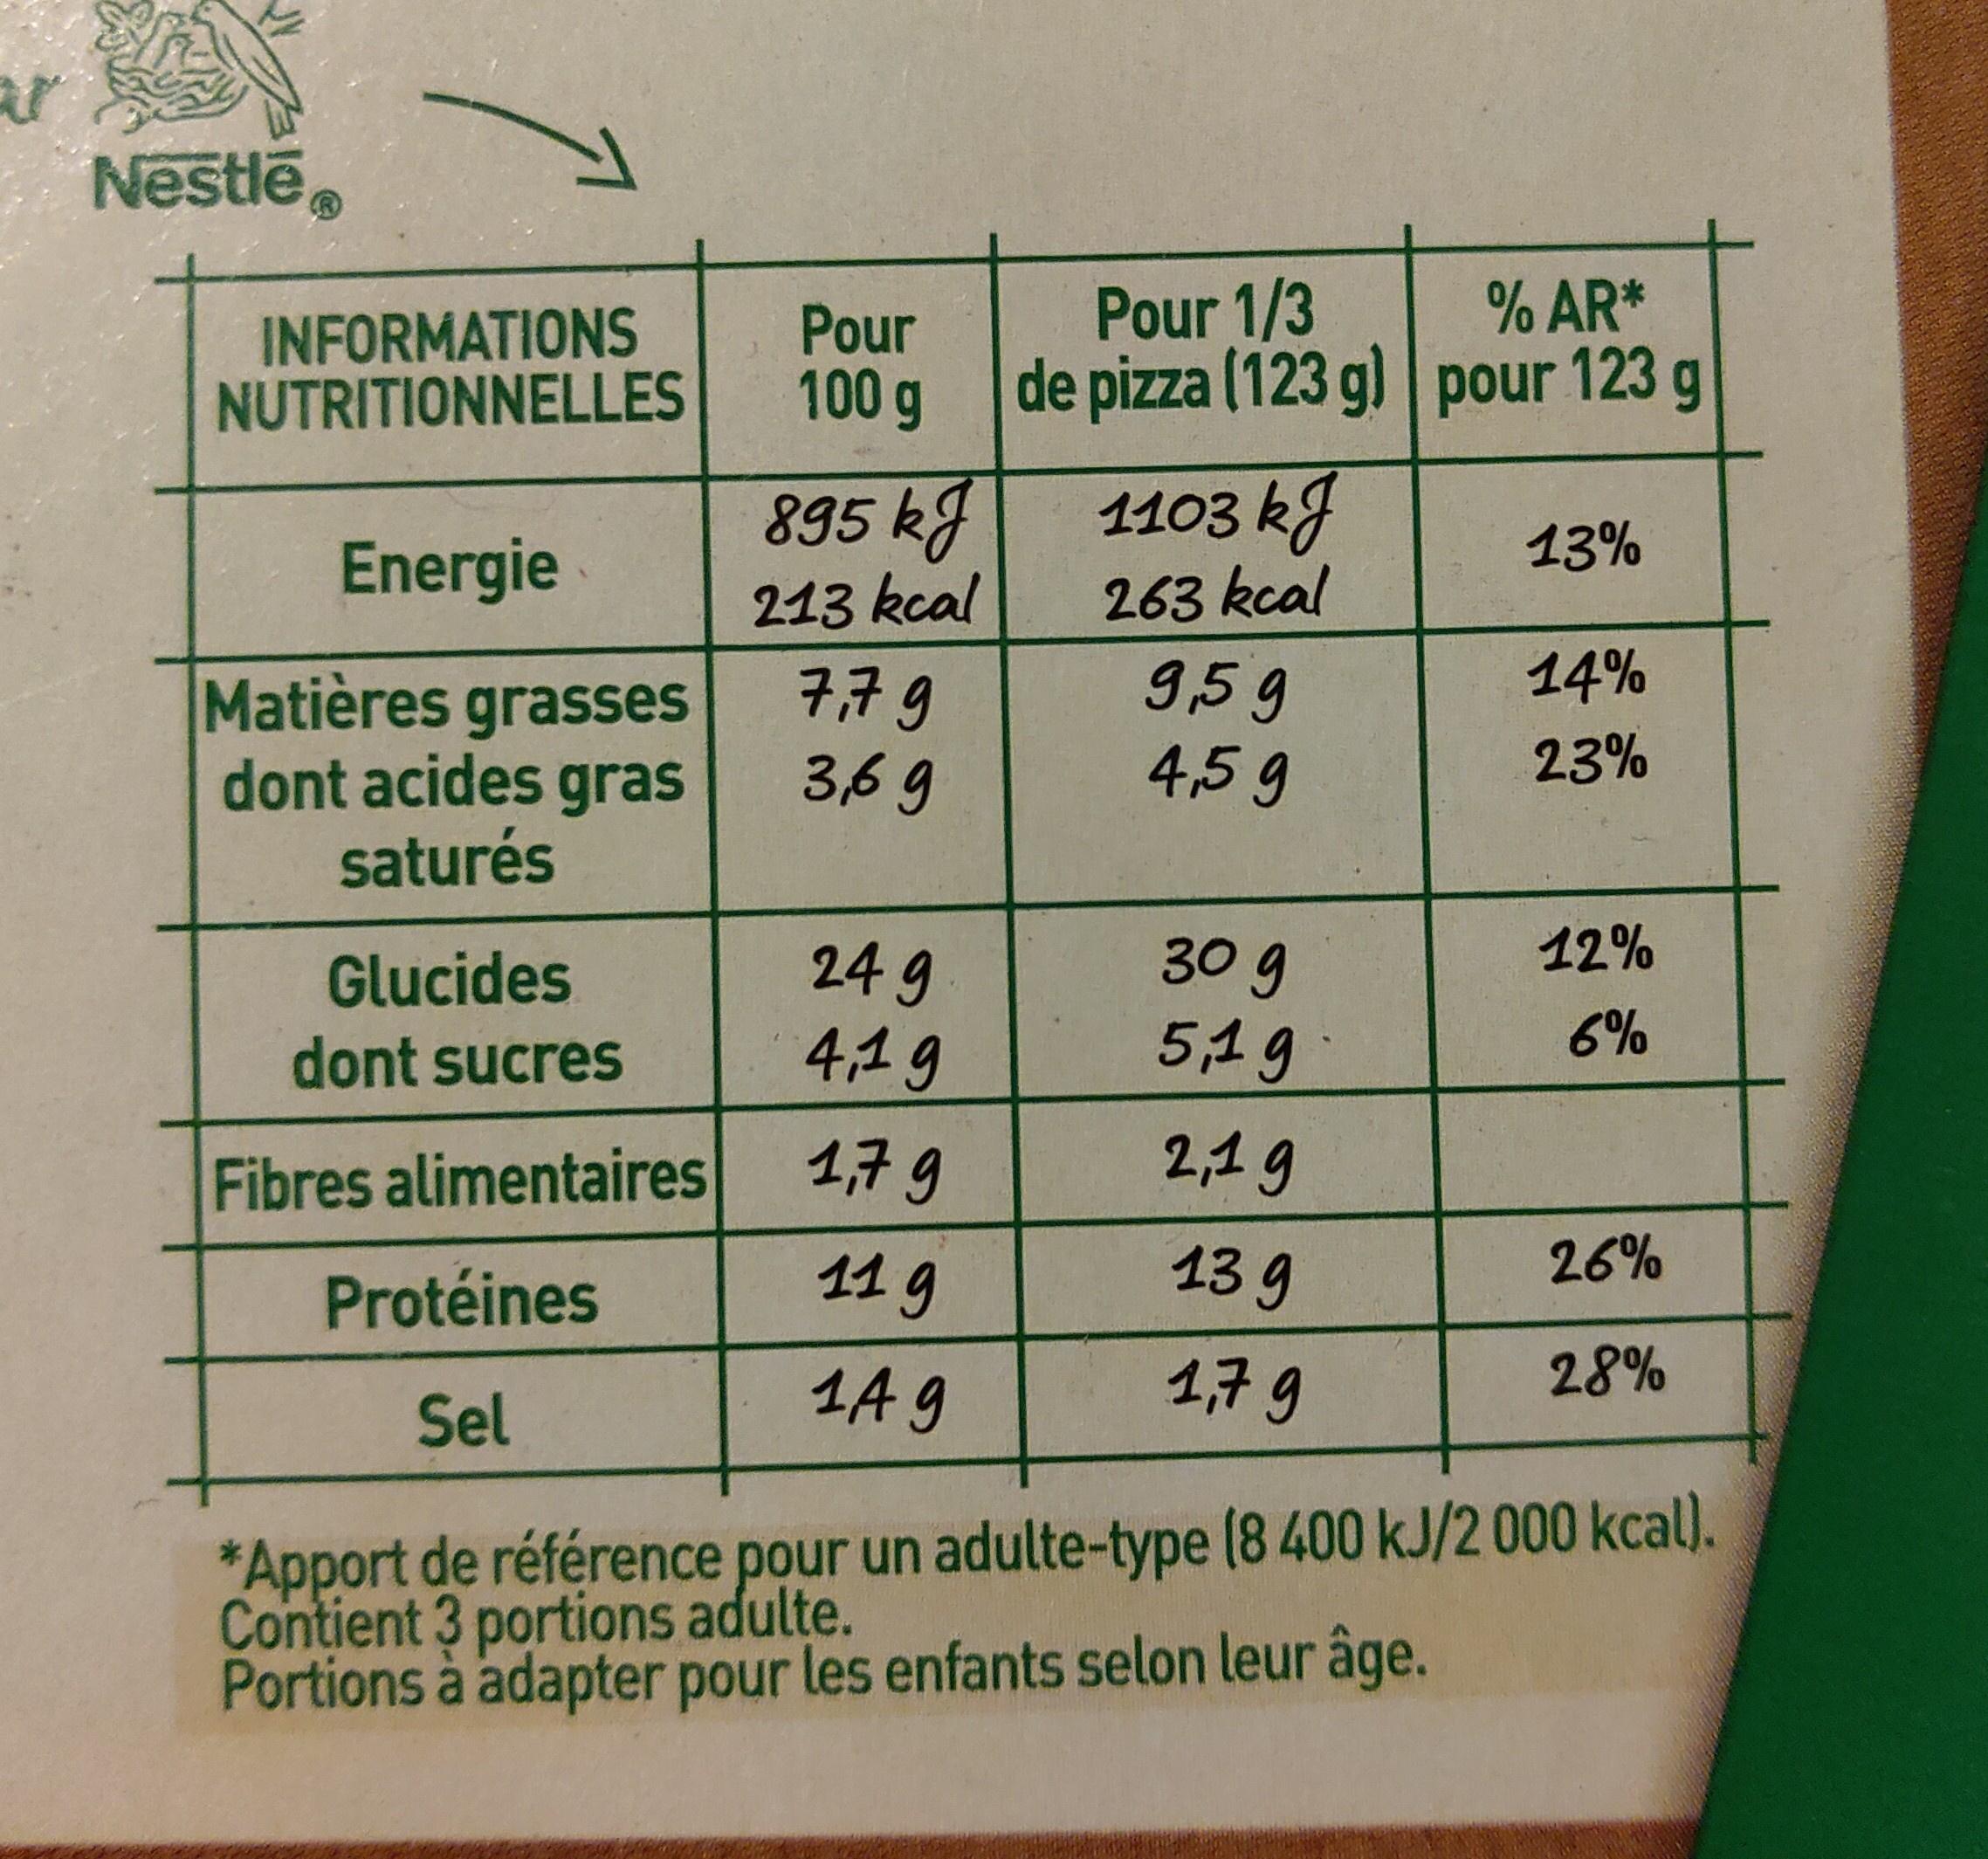
ar
Nestle
INFORMATIONS NUTRITIONNELLES
Energie
Matières grasses
dont acides gras
saturés
Glucides
dont sucres
Fibres alimentaires
Protéines
Sel
Pour 100 g
895 kJ
213 kcal
7,79
3,69
24 9
4,19
1,7 g
11 g
14 9
Pour 1/3 de pizza (123 g)
1103 kJ
263 kcal
9,59
4,5 g
30 g
5,19
2,19
13 g
1,7 9
% AR* pour 123 g
13%
14%
23%
12%
6%
26%
28%
*Apport de référence pour un adulte-type (8 400 kJ/2 000 kcal). Contient 3 portions adulte.
Portions à adapter pour les enfants selon leur âge.